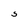
Character: S